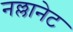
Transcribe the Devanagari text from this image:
नल्लानेट